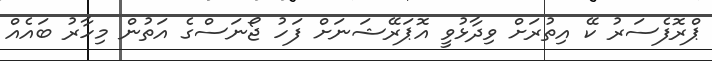
ޕްރޮފެސަރު ކޭ އިތުރަށް ވިދާޅުވީ އޮޕަރޭޝަނަށް ފަހު ޖޯނަސްގެ އަތުން މިހާރު ބައެއް